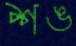
শঙ